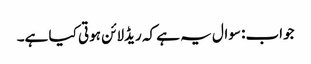
جواب: سوال یہ ہے کہ ریڈلائن ہوتی کیا ہے۔